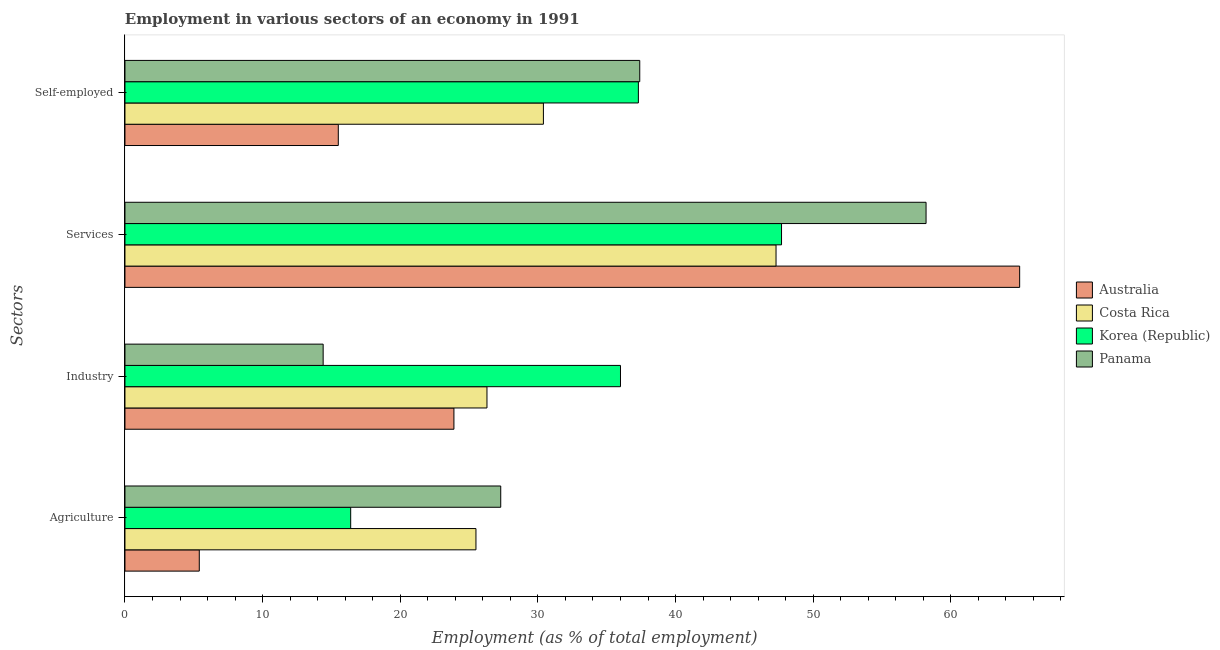
| Sectors | Australia | Costa Rica | Korea (Republic) | Panama |
 | --- | --- | --- | --- | --- |
 | Agriculture | 5.4 | 25.5 | 16.4 | 27.3 |
 | Industry | 23.9 | 26.3 | 36 | 14.4 |
 | Services | 65 | 47.3 | 47.7 | 58.2 |
 | Self-employed | 15.5 | 30.4 | 37.3 | 37.4 |